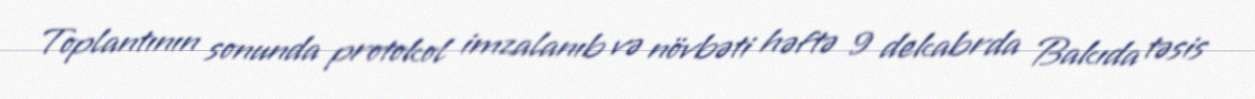
Toplantının sonunda protokol imzalanıb və növbəti həftə 9 dekabrda Bakıda təsis